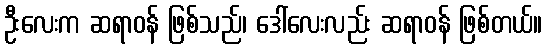
ဦးလေးက ဆရာဝန် ဖြစ်သည်၊ ဒေါ်လေးလည်း ဆရာဝန် ဖြစ်တယ်။